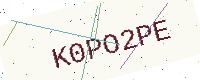
Text: K0PO2PE